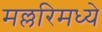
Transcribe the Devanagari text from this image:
मल्लरिमध्ये